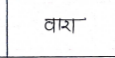
मजकूर: वारा